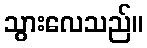
သွားလေသည်။